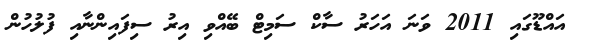
އައްޑޫގައި 2011 ވަނަ އަހަރު ސާކް ސަމިޓް ބޭއްވި އިރު ސިފައިންނާއި ފުލުހުން